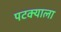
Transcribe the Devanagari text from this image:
पटक्याला